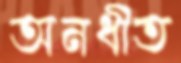
অনধীত